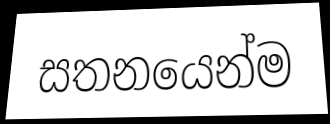
සතනයෙන්ම